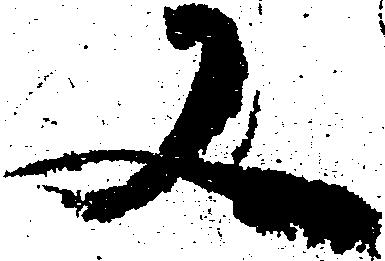
又